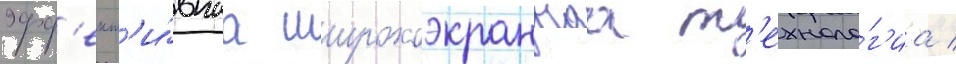
эфф'ект'и́внаа широкоэкраннаа т'ехноло́г'иа /